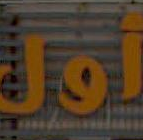
أول